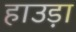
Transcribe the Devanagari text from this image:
हाउड़ा